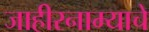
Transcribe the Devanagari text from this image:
जाहीरनाम्याचे